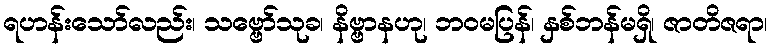
ရဟန်းသော်လည်း၊ သဗ္ဗော်သုခ၊ နိဗ္ဗာနဟု၊ ဘဝမပြန်၊ နှစ်ဘန်မရှိ၊ ဇာတိဇရာ၊